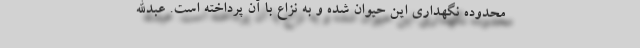
محدوده نگهداری این حیوان شده و به نزاع با آن پرداخته است. عبدالله